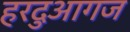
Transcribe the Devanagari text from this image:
हरदुआगज